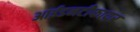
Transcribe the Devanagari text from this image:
आईडनटीफायर